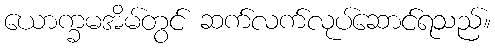
ယောက္ခမအိမ်တွင် ဆက်လက်လုပ်ဆောင်ရသည်။